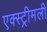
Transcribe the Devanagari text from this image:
एक्स्ट्रीमली